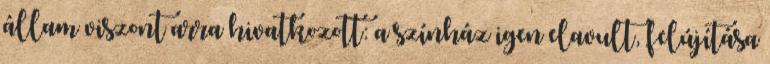
állam viszont arra hivatkozott: a színház igen elavult, felújítása